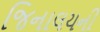
જિનાલયની